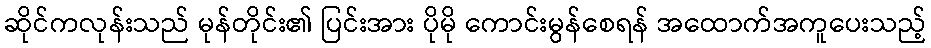
ဆိုင်ကလုန်းသည် မုန်တိုင်း၏ ပြင်းအား ပိုမို ကောင်းမွန်စေရန် အထောက်အကူပေးသည့်